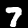
Label: 7